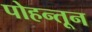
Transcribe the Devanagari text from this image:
पोहन्तून